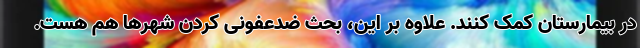
در بیمارستان کمک کنند. علاوه بر این، بحث ضدعفونی کردن شهرها هم هست.